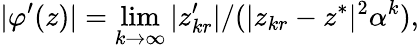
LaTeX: |\varphi^{\prime}(z)|=\operatorname*{lim}_{k\to\infty}|z_{kr}^{\prime}|/(|z_{kr}-z^{*}|^{2}\alpha^{k}),